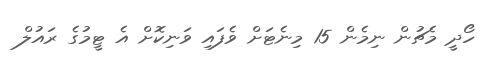
ހޯދީ މެޗުން ނިމެން 15 މިނެޓަށް ވެފައި ވަނިކޮށް އެ ޓީމުގެ ރައުލް